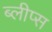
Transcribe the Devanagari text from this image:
ब्लीप्स